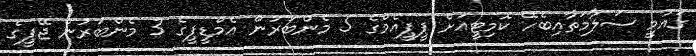
ގައުމީ ސަލާމަތާއިބެހޭ ކޮމިޓީއަށް ޕީޕީއެމްގެ 5 މެންބަރުން އެމްޑީޕީގެ 3 މެންބަރުން ޖޭޕީގެ